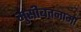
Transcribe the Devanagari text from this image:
मुसीबतनामा